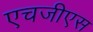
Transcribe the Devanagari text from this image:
एचजीएस